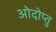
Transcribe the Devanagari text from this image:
ओदोप्तु